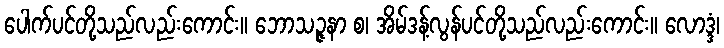
ပေါက်ပင်တို့သည်လည်းကောင်း။ ဘောသဉ္ဇနာ စ၊ အိမ်ဒန့်လွန်ပင်တို့သည်လည်းကောင်း။ လောဒ္ဒံ၊